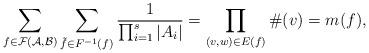
LaTeX: \begin{align*} \sum_{f \in \mathcal{F}(\mathcal{A},\mathcal{B})} \sum_{\tilde{f} \in F^{-1}(f)} \frac{1}{\prod_{i=1}^s |A_i|} = \prod_{(v,w) \in E(f)} \#(v) = m(f),\end{align*}